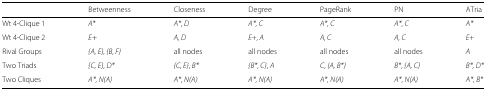
|  | Betweenness | Closeness | Degree | PageRank | PN | ATria |
 | --- | --- | --- | --- | --- | --- | --- |
 | Wt 4-Clique 1 | A* | A*, D | A*, C | A*, C | A*, C | A* |
 | Wt 4-Clique 2 | E+ | A, D | E+, A | A, C | A, C | E+ |
 | Rival Groups | {A, E}, {B, F} | all nodes | all nodes | all nodes | all nodes | A |
 | Two Triads | {C, E}, D* | {C, E}, B* | {B*, C}, A | C, {A, B*} | B*, {A, C} | B*, D* |
 | Two Cliques | A*, N(A) | A*, N(A) | A*, N(A) | A*, N(A) | A*, N(A) | A*, B* |